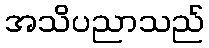
အသိပညာသည်